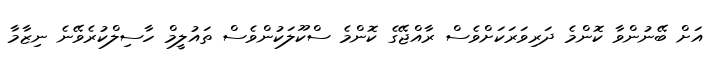
އަށް ބޭނުންވާ ކޮންމެ ދަރިވަރަކަށްވެސް ރާއްޖޭގެ ކޮންމެ ސްކޫލަކުންވެސް ތައުލީމް ހާސިލްކުރެވޭނެ ނިޒާމާ